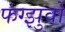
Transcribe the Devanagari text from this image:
फंग्झुवो